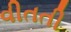
વીતતી